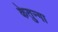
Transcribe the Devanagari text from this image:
केतुन्गा